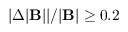
| \Delta | \mathbf { B } | | / | \mathbf { B } | \geq 0 . 2